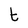
Character: t